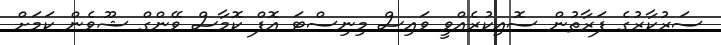
ސަރުކާރުގެ ފަރާތުން ސޮއިކުރެއްވީ ވައިސް މިނިސްޓަ އޮފް ކޮމާސް ވޭންގް ޝޫވެން ކަމަށް